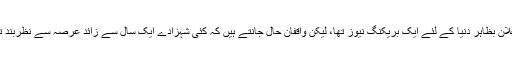
یہ اعلان بظاہر دنیا کے لئے ایک بریکنگ نیوز تھا، لیکن واقفان حال جانتے ہیں کہ کئی شہزادے ایک سال سے زائد عرصہ سے نظربند تھے۔